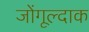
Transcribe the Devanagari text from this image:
जोंगूल्दाक